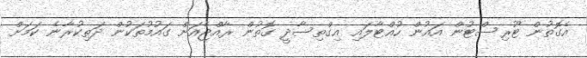
އެގޮތުން ޓޫރިސްޓުން އައުން ހުއްޓާލައި އިގްތިސާދީ ގޮތުން ރާއްޖެއަށް ގައުމުތަކުން ދަތިކުރާނެ ކަމަށް